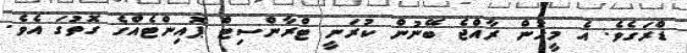
ޑްރަގެވެ. އެ މީހުން ރާއްޖެ ބޭނުން ކުރަނީ ޓްރާންސިޓް ޕޮއިންޓެއްގެ ގޮތުގަ އެވެ.